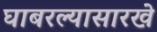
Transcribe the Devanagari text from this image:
घाबरल्यासारखे